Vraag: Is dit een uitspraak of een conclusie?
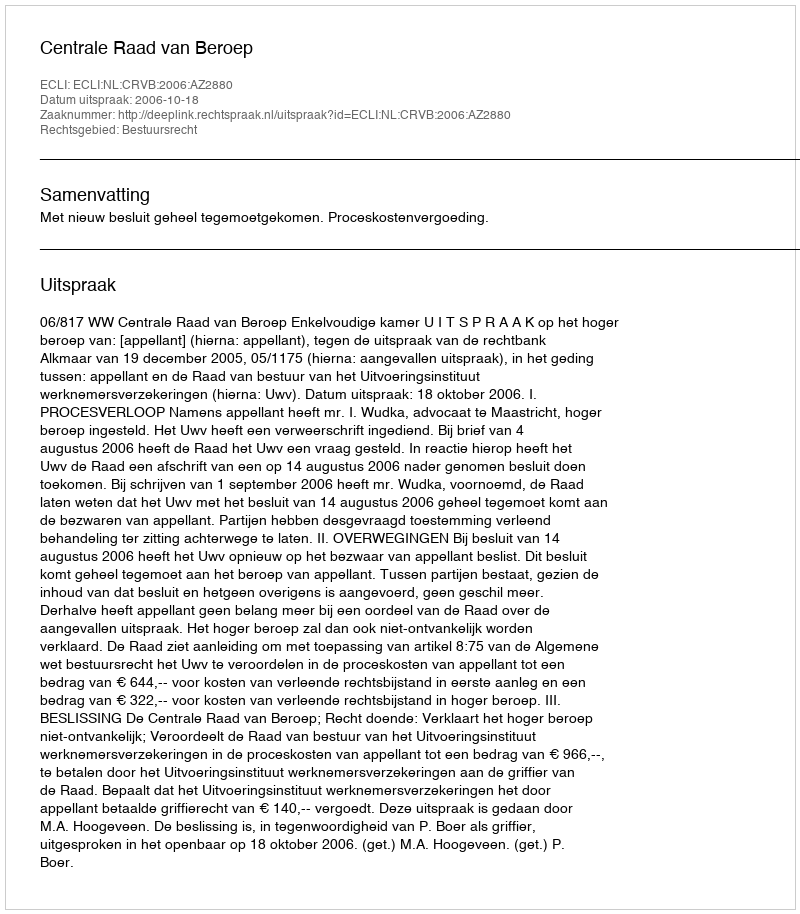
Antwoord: Uitspraak